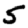
Digit: 5